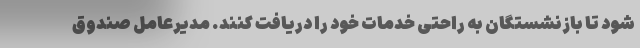
شود تا بازنشستگان به راحتی خدمات خود را دریافت کنند. مدیرعامل صندوق